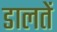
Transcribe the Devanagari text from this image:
डालतें